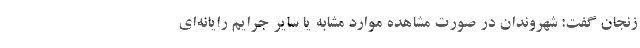
زنجان گفت: شهروندان در صورت مشاهده موارد مشابه یا سایر جرایم رایانه‌ای